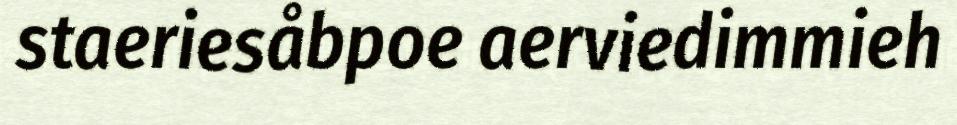
staeriesåbpoe aerviedimmieh